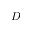
D